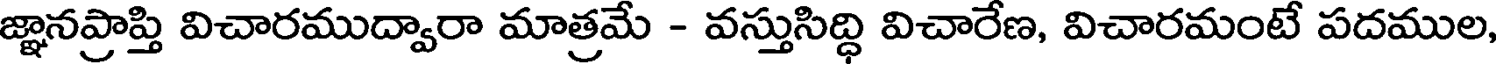
జ్ఞానప్రాప్తి విచారముద్వారా మాత్రమే - వస్తుసిద్ధి విచారేణ, విచారమంటే పదముల